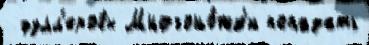
 фулл'еровы Многоно́жк'и попадать